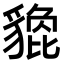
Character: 𧴀